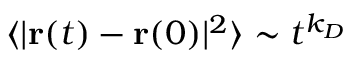
\langle | { \mathbf { r } } ( t ) - { \mathbf { r } } ( 0 ) | ^ { 2 } \rangle \sim t ^ { k _ { D } }